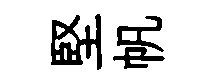
堅帆